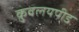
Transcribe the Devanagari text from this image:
कुवलयपीड